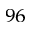
^ { 9 6 }